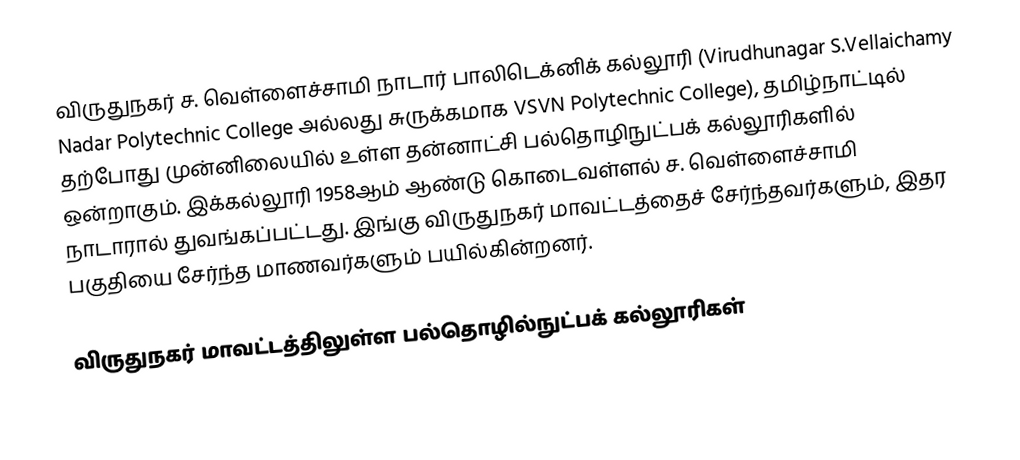
விருதுநகர் ச. வெள்ளைச்சாமி நாடார் பாலிடெக்னிக் கல்லூரி (Virudhunagar S.Vellaichamy Nadar Polytechnic College அல்லது சுருக்கமாக VSVN Polytechnic College), தமிழ்நாட்டில் தற்போது முன்னிலையில் உள்ள தன்னாட்சி பல்தொழிநுட்பக் கல்லூரிகளில் ஒன்றாகும். இக்கல்லூரி 1958ஆம் ஆண்டு கொடைவள்ளல் ச. வெள்ளைச்சாமி நாடாரால் துவங்கப்பட்டது. இங்கு விருதுநகர் மாவட்டத்தைச் சேர்ந்தவர்களும், இதர பகுதியை சேர்ந்த மாணவர்களும் பயில்கின்றனர்.

விருதுநகர் மாவட்டத்திலுள்ள பல்தொழில்நுட்பக் கல்லூரிகள்